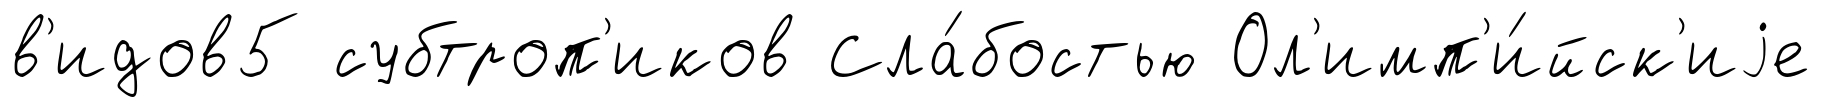
в'идов5 субтроп'иков Сла́бостью Ол'имп'и́йск'иjе